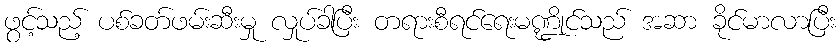
ဖွင့်သည့် ပစ်ခတ်ဖမ်းဆီးမှု လှုပ်ခါပြီး တရားစီရင်ရေးမဏ္ဍိုင်သည် အဆာ ခိုင်မာလာပြီး